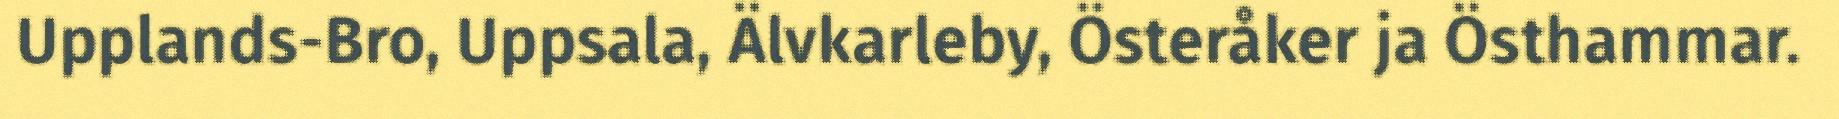
Upplands-Bro, Uppsala, Älvkarleby, Österåker ja Östhammar.